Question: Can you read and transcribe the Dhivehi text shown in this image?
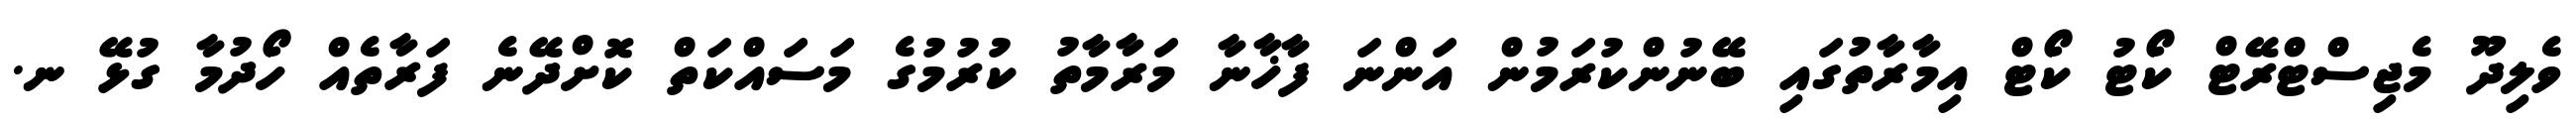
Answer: ވެލިދޫ މެޖިސްޓްރޭޓް ކޯޓު ކޯޓް އިމާރާތުގައި ބޭނުންކުރަމުން އަންނަ ފާޚާނާ މަރާމާތު ކުރުމުގެ މަސައްކަތް ކޮށްދޭނެ ފަރާތެއް ހޯދުމާ ގުޅޭ ނ.